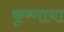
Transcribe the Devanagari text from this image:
कृष्णाया